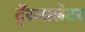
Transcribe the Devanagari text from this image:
टॅ्रन्सलेटर